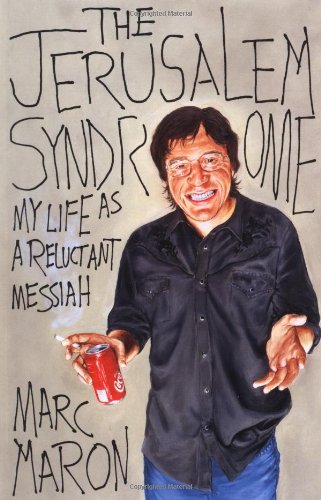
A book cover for The Jerusalem Syndrome: My Life as a Reluctant Messiah; Marc Maron; Humor & Entertainment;